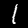
Label: 1